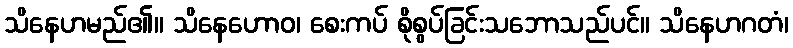
သိနေဟမည်၏။ သိနေဟောဝ၊ စေးကပ် စိုစွပ်ခြင်းသဘောသည်ပင်။ သိနေဟဂတံ၊